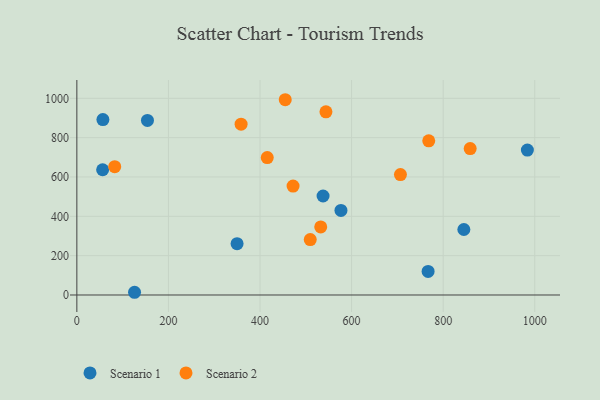
{"axis": {"x": "Distance", "y": "Rating"}, "legend": ["Scenario 1", "Scenario 2"], "data": [{"x": "56.9", "y": 891.9, "type": "Scenario 1"}, {"x": "56.3", "y": 636.8, "type": "Scenario 1"}, {"x": "154.2", "y": 887.8, "type": "Scenario 1"}, {"x": "845.2", "y": 332.9, "type": "Scenario 1"}, {"x": "537.7", "y": 503.3, "type": "Scenario 1"}, {"x": "349.9", "y": 260.7, "type": "Scenario 1"}, {"x": "126.0", "y": 13.8, "type": "Scenario 1"}, {"x": "576.8", "y": 429.9, "type": "Scenario 1"}, {"x": "983.9", "y": 737.0, "type": "Scenario 1"}, {"x": "767.1", "y": 119.8, "type": "Scenario 1"}, {"x": "706.7", "y": 612.2, "type": "Scenario 2"}, {"x": "358.7", "y": 868.3, "type": "Scenario 2"}, {"x": "532.6", "y": 346.3, "type": "Scenario 2"}, {"x": "455.1", "y": 992.8, "type": "Scenario 2"}, {"x": "509.7", "y": 282.0, "type": "Scenario 2"}, {"x": "768.5", "y": 783.8, "type": "Scenario 2"}, {"x": "544.0", "y": 931.2, "type": "Scenario 2"}, {"x": "859.0", "y": 744.3, "type": "Scenario 2"}, {"x": "82.7", "y": 652.2, "type": "Scenario 2"}, {"x": "472.2", "y": 553.8, "type": "Scenario 2"}, {"x": "415.8", "y": 698.8, "type": "Scenario 2"}]}